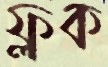
ফ্লক